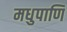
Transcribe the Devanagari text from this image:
मधुपाणि